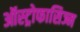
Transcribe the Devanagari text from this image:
ऑस्ट्रोफासिज्म